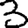
Digit: 3